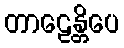
တာဠေန္တိပေ